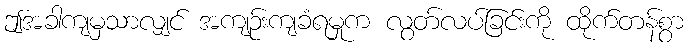
ဤအခါကျမှသာလျှင် အကျဉ်းကျခံရမှုက လွတ်လပ်ခြင်းကို ထိုက်တန်စွာ